Civil Veterinary Department Bengal reports 1933-51 - 1933-1951
Year: 1933
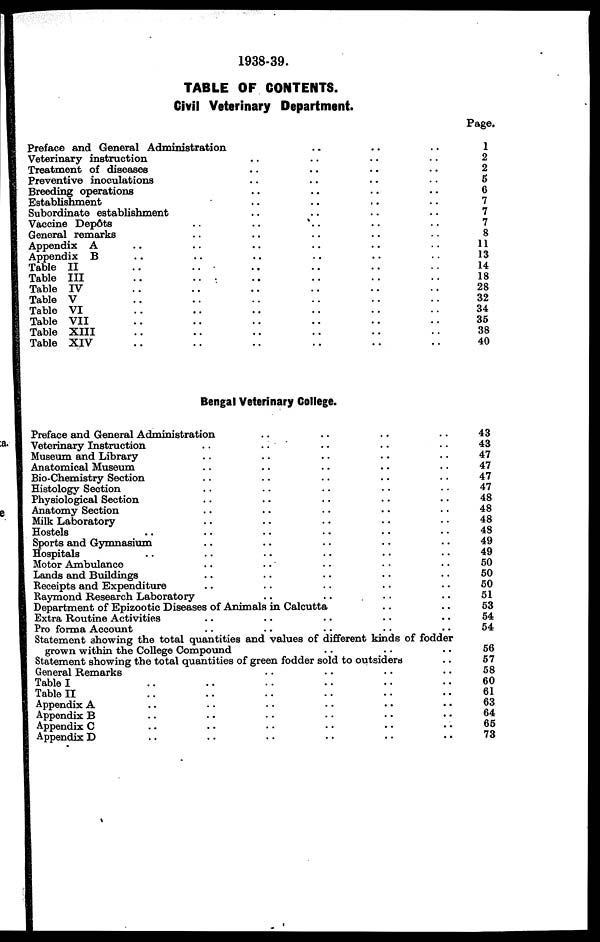
1938-39.
TABLE OF CONTENTS.
Civil Veterinary Department.
Preface and General Administration .. .. ..
Veterinary instruction .. .. .. ..
Treatment of diseases .. .. .. ..
Preventive inoculations .. .. .. ..
Breeding operations .. .. .. ..
Establishment .. .. .. ..
Subordinate establishment .. .. .. ..
Vaccine Depôts
..
..
..
..
..
..
General remarks .. .. .. .. ..
Appendix A .. .. .. .. .. ..
Appendix B .. .. .. .. .. ..
Table II
..
..
..
..
..
..
Table III .. .. .. .. .. ..
Table IV.. .. .. .. .. ..
Table V.. .. .. .. .. ..
Table VI .. .. .. .. .. ..
Table VII .. .. .. .. .. ..
Table XIII .. .. .. .. .. ..
Table XIV .. .. .. .. .. ..
Page.
1
2
2
5
6
7
7
7
8
11
13
14
18
28
32
34
35
38
40
Bengal Veterinary College.
Preface and General Administration .. .. .. ..
Veterinary Instruction .. .. .. .. ..
Museum and Library .. .. .. .. ..
Anatomical Museum .. .. .. .. ..
Bio-Chemistry Section .. .. .. .. ..
Histology Section .. .. .. .. ..
Physiological Section .. .. .. .. ..
Anatomy Section .. .. .. .. ..
Milk Laboratory .. .. .. .. ..
Hostels .. .. .. .. ..
Sports and Gymnasium .. .. .. .. ..
Hospitals .. .. .. .. ..
Motor Ambulance .. .. .. .. ..
Lands and Buildings .. .. .. .. ..
Receipts and Expenditure .. .. .. .. ..
Raymond Research Laboratory
..
..
..
..
Department of Epizootic Diseases of Animals in Calcutta .. ..
Extra Routine Activities .. .. .. .. ..
Pro forma Account .. .. .. .. ..
Statement showing the total quantities and values of different kinds of fodder
grown within the College Compound .. .. ..
Statement showing the total quantities of green fodder sold to outsiders ..
General Remarks .. .. .. ..
Table I .. .. .. .. .. ..
Table II.. .. .. .. .. ..
Appendix A.. .. .. .. .. ..
Appendix B .. .. .. .. .. ..
Appendix C .. .. .. .. .. ..
Appendix D .. .. .. .. .. ..
43
43
47
47
47
47
48
48
48
48
49
49
50
50
50
51
53
54
54
56
57
58
60
61
63
64
65
73